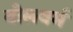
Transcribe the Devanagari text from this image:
बोलवर्म